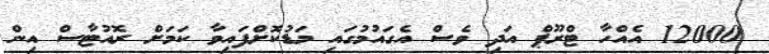
12000 އެއްހާ ޓްރޫޕް އަދި ވެސް އެގައުމުގައި މަޑުކޮށްފައިވާ ކަމަށް ރޮއުޓާސް އިން